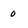
Character: 0